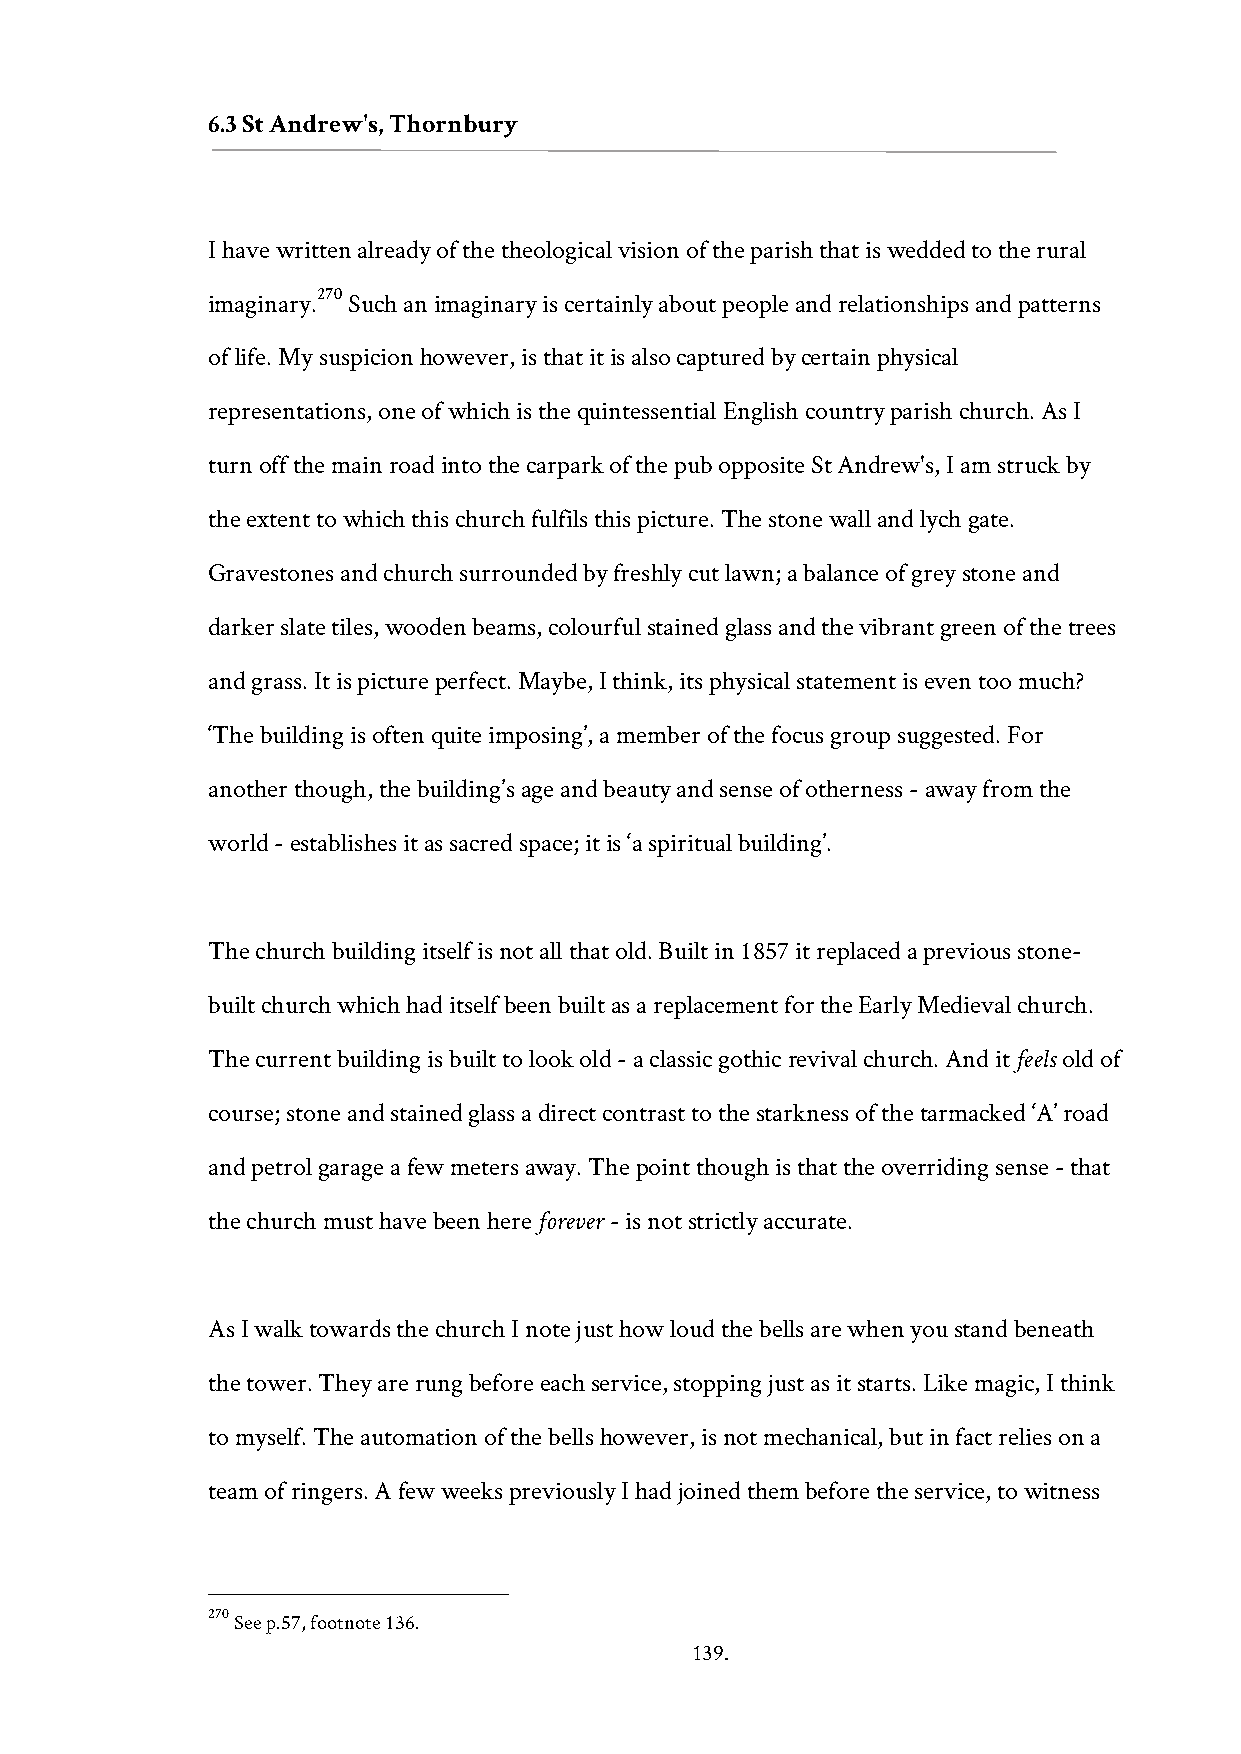
6.3 St Andrew's, Thornbury
 I have written already of the theological vision of the parish that is wedded to the rural
 270
 imaginary. Such an imaginary is certainly about people and relationships and patterns
 of life. My suspicion however, is that it is also captured by certain physical
 representations, one of which is the quintessential English country parish church. As I
 turn off the main road into the carpark of the pub opposite St Andrew's, I am struck by
 the extent to which this church fulfils this picture. The stone wall and lych gate.
 Gravestones and church surrounded by freshly cut lawn; a balance of grey stone and
 darker slate tiles, wooden beams, colourful stained glass and the vibrant green of the trees
 and grass. It is picture perfect. Maybe, I think, its physical statement is even too much?
 ‘The building is often quite imposing’, a member of the focus group suggested. For
 another though, the building’s age and beauty and sense of otherness - away from the
 world - establishes it as sacred space; it is ‘a spiritual building’.
 The church building itself is not all that old. Built in 1857 it replaced a previous stone-
 built church which had itself been built as a replacement for the Early Medieval church.
 The current building is built to look old - a classic gothic revival church. And it feels old of
 course; stone and stained glass a direct contrast to the starkness of the tarmacked ‘A’ road
 and petrol garage a few meters away. The point though is that the overriding sense - that
 the church must have been here forever - is not strictly accurate.
 As I walk towards the church I note just how loud the bells are when you stand beneath
 the tower. They are rung before each service, stopping just as it starts. Like magic, I think
 to myself. The automation of the bells however, is not mechanical, but in fact relies on a
 team of ringers. A few weeks previously I had joined them before the service, to witness
 270 See p.57, footnote 136.
 139.